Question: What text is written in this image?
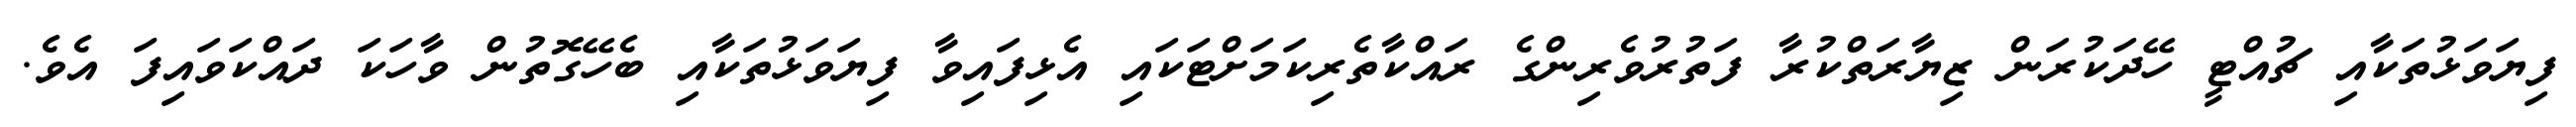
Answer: ފިޔަވަޅުތަކާއި ޗުއްޓީ ހޭދަކުރަން ޒިޔާރަތްކުރާ ފަތުރުވެރިންގެ ރައްކާތެރިކަމަށްޓަކައި އެޅިފައިވާ ފިޔަވަޅުތަކާއި ބެހޭގޮތުން ވާހަކަ ދައްކަވައިފަ އެވެ.